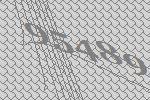
95489